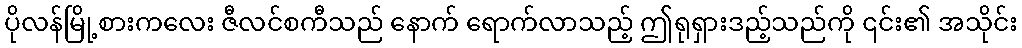
ပိုလန်မြို့စားကလေး ဇီလင်စကီသည် နောက် ရောက်လာသည့် ဤရုရှားဒည့်သည်ကို ၎င်း၏ အသိုင်း